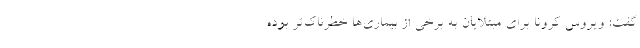
گفت: ویروس کرونا برای مبتلایان به برخی از بیماری‌ها خطرناک‌تر بوده